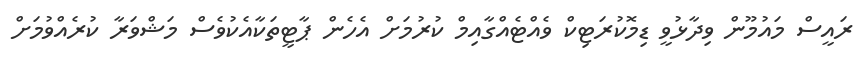
ރައީސް މައުމޫން ވިދާޅުވީ ޑިމޮކުރަޓިކް ވެއްޓެއްގާއިމް ކުރުމަށް އެހެން ޕާޓީތަކާއެކުވެސް މަޝްވަރާ ކުރެއްވުމަށް